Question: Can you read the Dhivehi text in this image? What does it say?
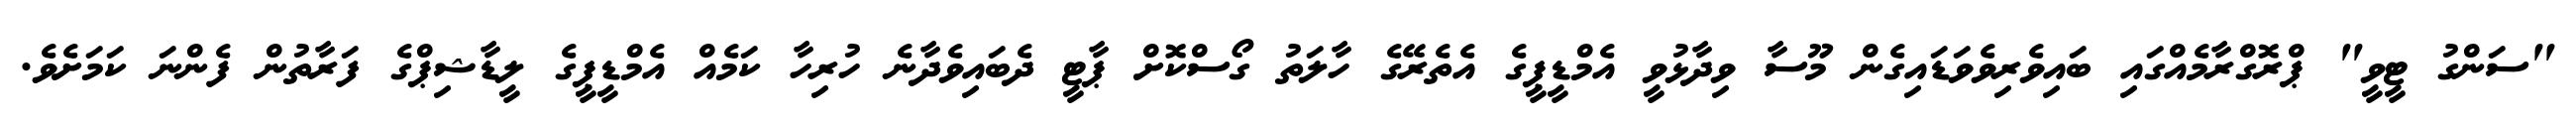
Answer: "ސަންގު ޓީވީ" ޕްރޮގްރާމެއްގައި ބައިވެރިވެވަޑައިގެން މޫސާ ވިދާޅުވީ އެމްޑީޕީގެ އެތެރޭގެ ހާލަތު ގޯސްކޮށް ޕާޓީ ދެބައިވެދާނެ ހުރިހާ ކަމެއް އެމްޑީޕީގެ ލީޑާޝިޕްގެ ފަރާތުން ފެންނަ ކަމަށެވެ.